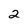
Character: 2